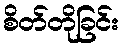
စိတ်တိုခြင်း